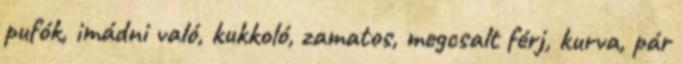
pufók, imádni való, kukkoló, zamatos, megcsalt férj, kurva, pár